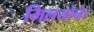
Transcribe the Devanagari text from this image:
मिलयोनेर